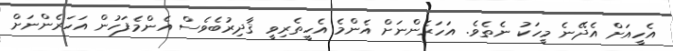
އެހީއަށް އެދޭނެ މީހަކު ނެތެވެ. އަހަރެންނަށް އެންމެ އެހީތެރިވީ ޤާދިރުބެވެސް އެންމެފަހުން އަހަރެންނަށް